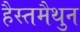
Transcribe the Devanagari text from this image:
हैस्तमैथुन